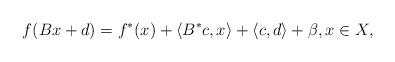
LaTeX: \begin{align*}f(Bx+d)=f^*(x)+\langle B^*c,x\rangle+\langle c,d\rangle+\beta,x\in X, \end{align*}